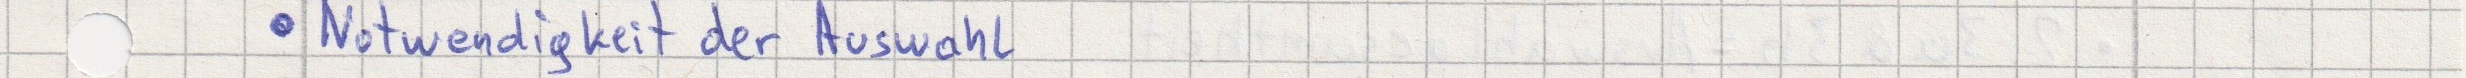
- Notwendigkeit der Auswahl